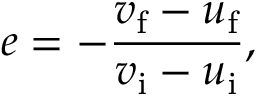
e = - { \frac { v _ { \mathrm { f } } - u _ { \mathrm { f } } } { v _ { \mathrm { i } } - u _ { \mathrm { i } } } } ,